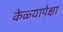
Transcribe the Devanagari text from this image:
केळ्यापेक्षा